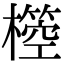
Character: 𣝃